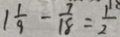
1 \frac { 1 } { 9 } - \frac { 7 } { 1 8 } = \frac { 1 } { 2 }